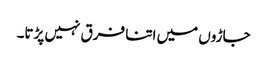
جاڑوں میں اتنا فرق نہیں پڑتا۔